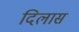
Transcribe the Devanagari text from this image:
दिलास